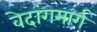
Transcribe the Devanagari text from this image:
वेदांगमार्ग